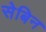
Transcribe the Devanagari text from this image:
सेबिन